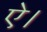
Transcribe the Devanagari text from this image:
ऐ।